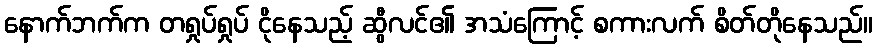
နောက်ဘက်က တရှုပ်ရှုပ် ငိုနေသည့် ဆွီလင်၏ အသံကြောင့် စကားလက် စိတ်တိုနေသည်။